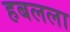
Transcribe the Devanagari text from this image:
हबलला